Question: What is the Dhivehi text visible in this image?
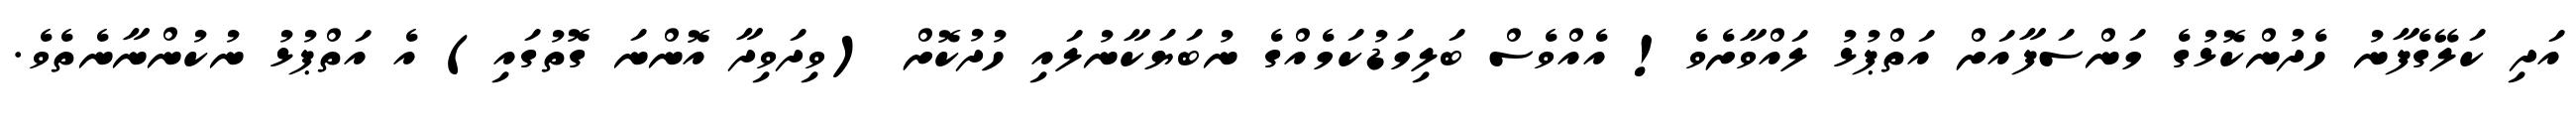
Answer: އަދި ކަލޭގެފާނު ހެދުންކޮޅުގެ މަންސަފާއަށް އަތްޕުޅު ލައްވާށެވެ! އެއްވެސް ބަލިމަޑުކަމެއްގެ ނުބަޔަކާނުލައި ހުދުކޮށް (ވިދަވިދާ އޮންނަ ގޮތުގައި) އެ އަތްޕުޅު ނުކުންނާނެތެވެ.